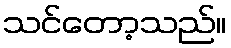
သင်တော့သည်။